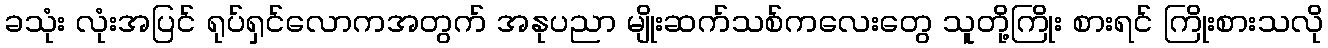
ခသုံး လုံးအပြင် ရုပ်ရှင်လောကအတွက် အနုပညာ မျိုးဆက်သစ်ကလေးတွေ သူတို့ကြိုး စားရင် ကြိုးစားသလို